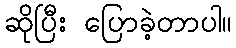
ဆိုပြီး ပြောခဲ့တာပါ။